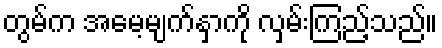
တွမ်က အမေ့မျက်နှာကို လှမ်းကြည့်သည်။